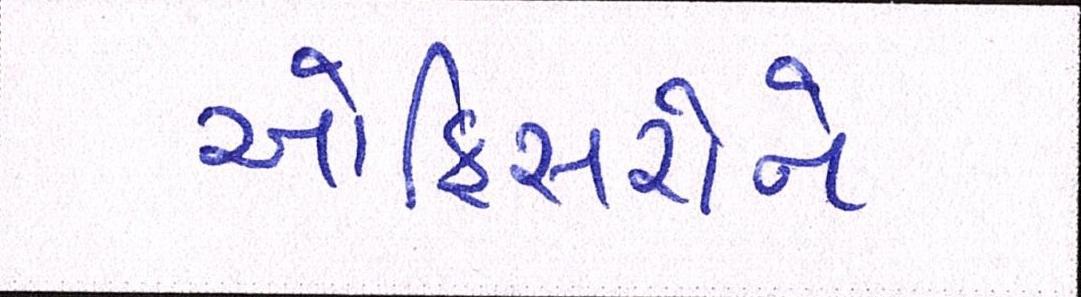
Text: ઓફિસરોને